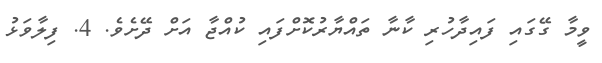
ވީމާ ގޭގައި ފައިދާހުރި ކާނާ ތައްޔާރުކޮށްފައި ކުއްޖާ އަށް ދޭށެވެ. 4. ފިލާވަޅު